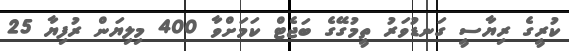
ކުރީގެ ރިޔާސީ ގަނޑުވަރު ތީމުގޭގެ ބަޖެޓް ކަމަށްވާ 400 މިލިޔަން ރުފިޔާ 25